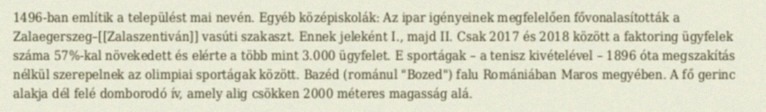
1496-ban említik a települést mai nevén. Egyéb középiskolák: Az ipar igényeinek megfelelően fővonalasították a Zalaegerszeg–[[Zalaszentiván]] vasúti szakaszt. Ennek jeleként I., majd II. Csak 2017 és 2018 között a faktoring ügyfelek száma 57%-kal növekedett és elérte a több mint 3.000 ügyfelet. E sportágak – a tenisz kivételével – 1896 óta megszakítás nélkül szerepelnek az olimpiai sportágak között. Bazéd (románul "Bozed") falu Romániában Maros megyében. A fő gerinc alakja dél felé domborodó ív, amely alig csökken 2000 méteres magasság alá.